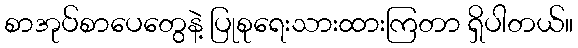
စာအုပ်စာပေတွေနဲ့ ပြုစုရေးသားထားကြတာ ရှိပါတယ်။